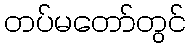
တပ်မတော်တွင်